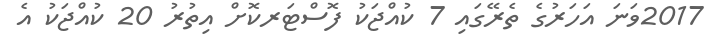
2017ވަނަ އަހަރުގެ ތެރޭގައި 7 ކުއްޖަކު ފޮސްޓަރކޮށް އިތުރު 20 ކުއްޖަކު އެ